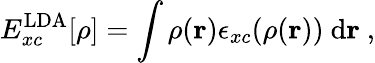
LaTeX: E_{xc}^{\mathrm{LDA}}[\rho]=\int\rho(\mathbf{r})\epsilon_{xc}(\rho(\mathbf{r}))\ \mathrm{d}\mathbf{r}\ ,